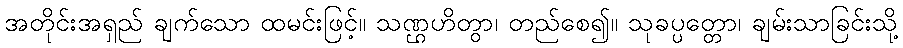
အတိုင်းအရှည် ချက်သော ထမင်းဖြင့်။ သဏ္ဌဟိတွာ၊ တည်စေ၍။ သုခပ္ပတ္တော၊ ချမ်းသာခြင်းသို့